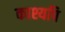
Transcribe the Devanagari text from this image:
काश्यपि